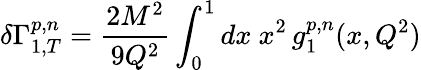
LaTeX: \delta\Gamma_{1,T}^{p,n}={\frac{2M^{2}}{9Q^{2}}}\int_{0}^{1}dx~x^{2}\, g_{1}^{p,n}(x,Q^{2})